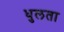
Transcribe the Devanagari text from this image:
धुलता